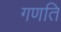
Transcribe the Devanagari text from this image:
गणति